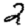
Digit: 2